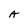
Character: A